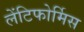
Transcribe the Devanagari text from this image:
लेंटिफोर्मिस